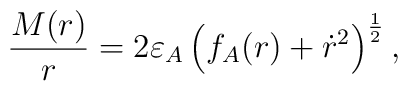
\frac{M(r)}{r} = 2 \varepsilon_A	\left(f_A(r) + \dot{r}^2 \right)^{\frac{1}{2}},